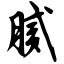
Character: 腻